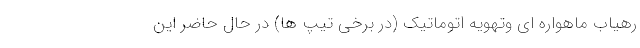
رهیاب ماهواره ای وتهویه اتوماتیک (در برخی تیپ ها) در حال حاضر این